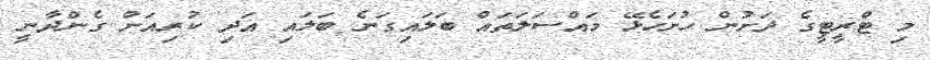
މި ޓްރީޓީގެ ދަށުން ހުށަހެޅޭ މައްސަލަތައް ބަލައިގަނެ ބަލައި އަދި ކުރިއަށް ގެންދާނީ